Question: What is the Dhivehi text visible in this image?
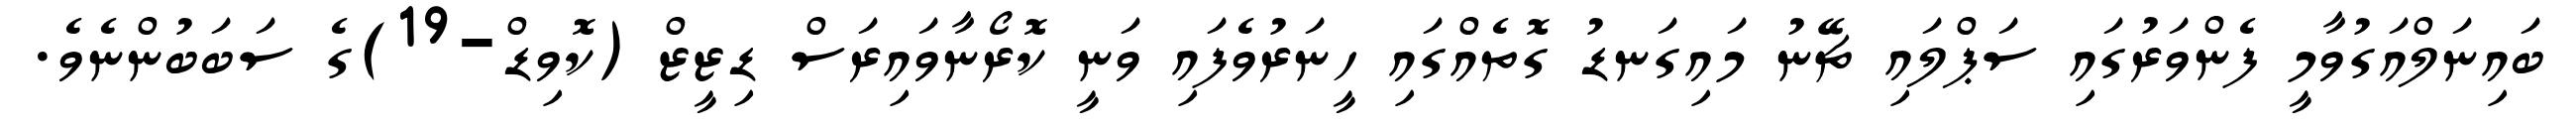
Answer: ބައިނަލްއަގުވާމީ ފެންވަރުގައި ސަޕްލައި ޗޭނު މައިގަނޑު ގޮތެއްގައި ހީނަރުވެފައި ވަނީ ކޮރޯނާވައިރަސް ޑިޒީޒް (ކޮވިޑް-19)ގެ ސަބަބުންނެވެ.